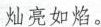
灿亮如焰。